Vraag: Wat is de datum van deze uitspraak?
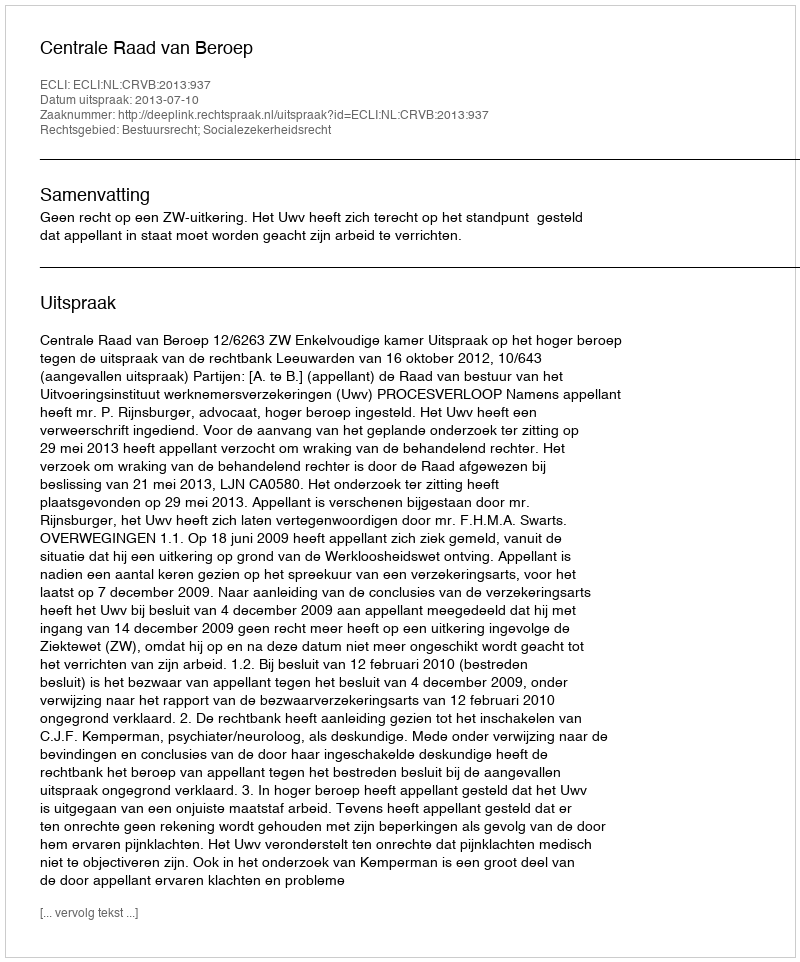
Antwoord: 2013-07-10